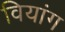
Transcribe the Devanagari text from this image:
वियांग